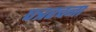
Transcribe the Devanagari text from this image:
पत्ररचना